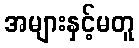
အများနှင့်မတူ